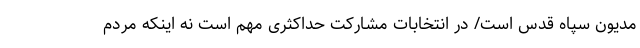
مدیون سپاه قدس است/ در انتخابات مشارکت حداکثری مهم است نه اینکه مردم